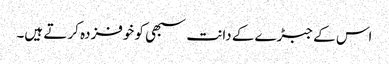
اس کے جبڑے کے دانت سبھی کو خوفزدہ کر تے ہیں۔